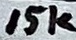
Text: 10K